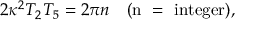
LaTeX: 2 \kappa ^ { 2 } T _ { 2 } T _ { 5 } = 2 \pi n \quad ( \mathrm { n ~ = ~ i n t e g e r } ) ,